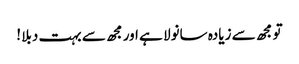
تو مجھ سے زیادہ سانولا ہے اور مجھ سے بہت دبلا !